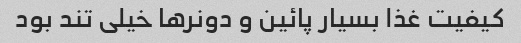
کیفیت غذا بسیار پائین و دونرها خیلی تند بود